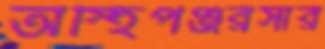
অস্হিপঞ্জরসার